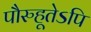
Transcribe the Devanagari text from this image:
पौरुहूतेऽपि